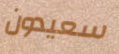
سعيدون